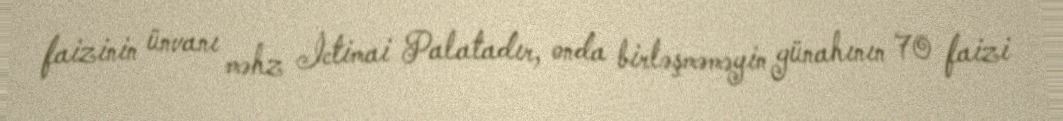
faizinin ünvanı məhz İctimai Palatadır, onda birləşməməyin günahının 70 faizi